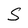
Character: S